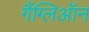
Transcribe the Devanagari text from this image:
गैंग्लिऑन